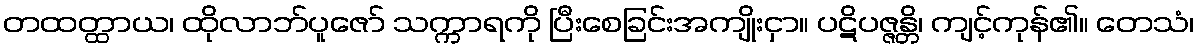
တထတ္ထာယ၊ ထိုလာဘ်ပူဇော် သက္ကာရကို ပြီးစေခြင်းအကျိုးငှာ။ ပဋိပဇ္ဇန္တိ၊ ကျင့်ကုန်၏။ တေသံ၊